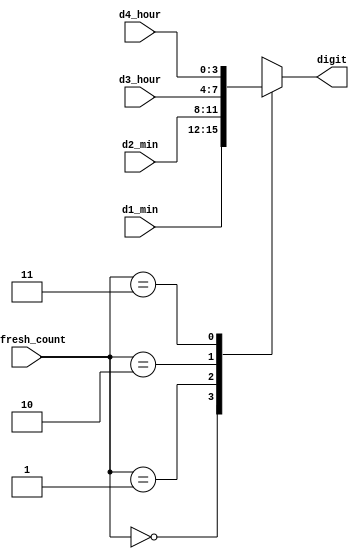
`timescale 1ns / 1ps
//////////////////////////////////////////////////////////////////////////////////
// Company: 
// Engineer: 
// 
// Design Name: 
// Module Name: BCD_control
// Project Name: 
// Target Devices: 
// Tool Versions: 
// Description: 
// 
// Dependencies: 
// 
// Revision:
// Revision 0.01 - File Created
// Additional Comments:
// 
//////////////////////////////////////////////////////////////////////////////////


module BCD_control(
   
    input [1:0] refresh_count,
    input [3:0] d1_min,d2_min,d3_hour,d4_hour,
    
    output reg [3:0] digit
    
    );
    
    always@(refresh_count) begin
    
    case(refresh_count)
     2'b00: digit = d1_min;   
     2'b01: digit =d2_min;  
     2'b10: digit =d3_hour;   
     2'b11: digit =d4_hour;   
    endcase   
    end       
endmodule